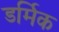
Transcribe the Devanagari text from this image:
डर्मिक